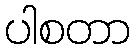
ပါစတာ